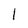
Character: l